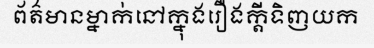
ព័ត៌មានម្នាក់នៅក្នុងរឿងក្តីទិញយក